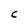
Character: C